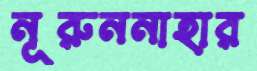
নূরুননাহার